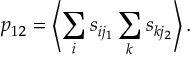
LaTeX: p _ { 1 2 } = \left< \sum _ { i } s _ { i j _ { 1 } } \sum _ { k } s _ { k j _ { 2 } } \right> .